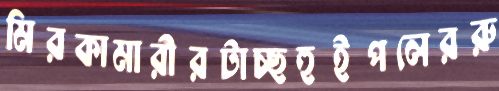
মিরকামারীরটাচ্ছহুইপলেররু